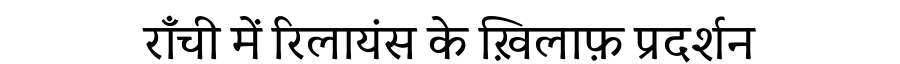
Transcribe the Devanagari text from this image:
राँची में रिलायंस के ख़िलाफ़ प्रदर्शन